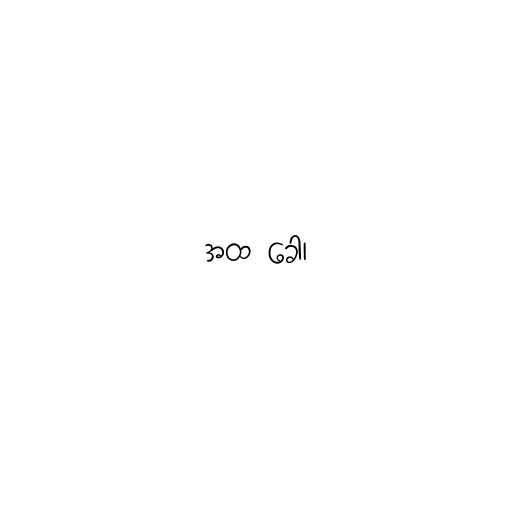
အထ ခေါ၊